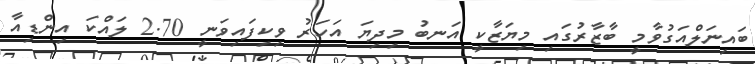
ބައިނަލްއަގުވާމީ ބާޒާރުގައި މިޔަޒާކީ އަނބު މިދިޔަ އަހަރު ވިކިފައިވަނީ 2.70 ލައްކަ އިންޑިއާ